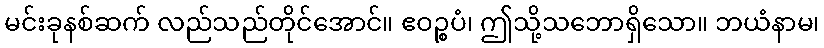
မင်းခုနစ်ဆက် လည်သည်တိုင်အောင်။ ဧဝဉ္စပံ၊ ဤသို့သဘောရှိသော။ ဘယံနာမ၊